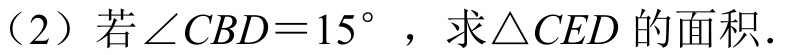
（2）若\(\angle CBD = 15^{\circ}\)，求\(\triangle CED\)的面积.